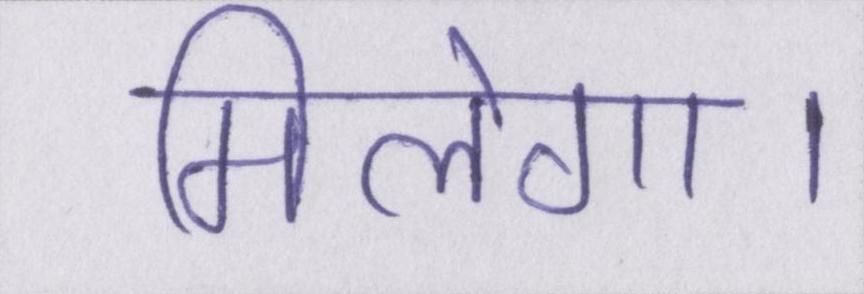
मिलेगा।